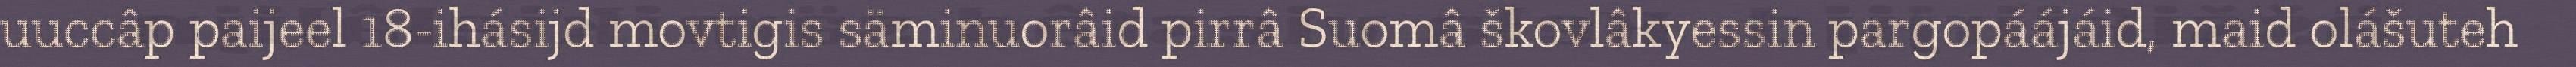
uuccâp paijeel 18-ihásijd movtigis säminuorâid pirrâ Suomâ škovlâkyessin pargopáájáid, maid olášuteh